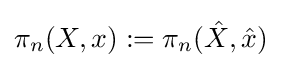
\pi _{n}(X,x):=\pi _{n}({\hat {X}},{\hat {x}})